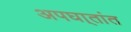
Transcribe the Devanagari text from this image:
अपघा्तांत